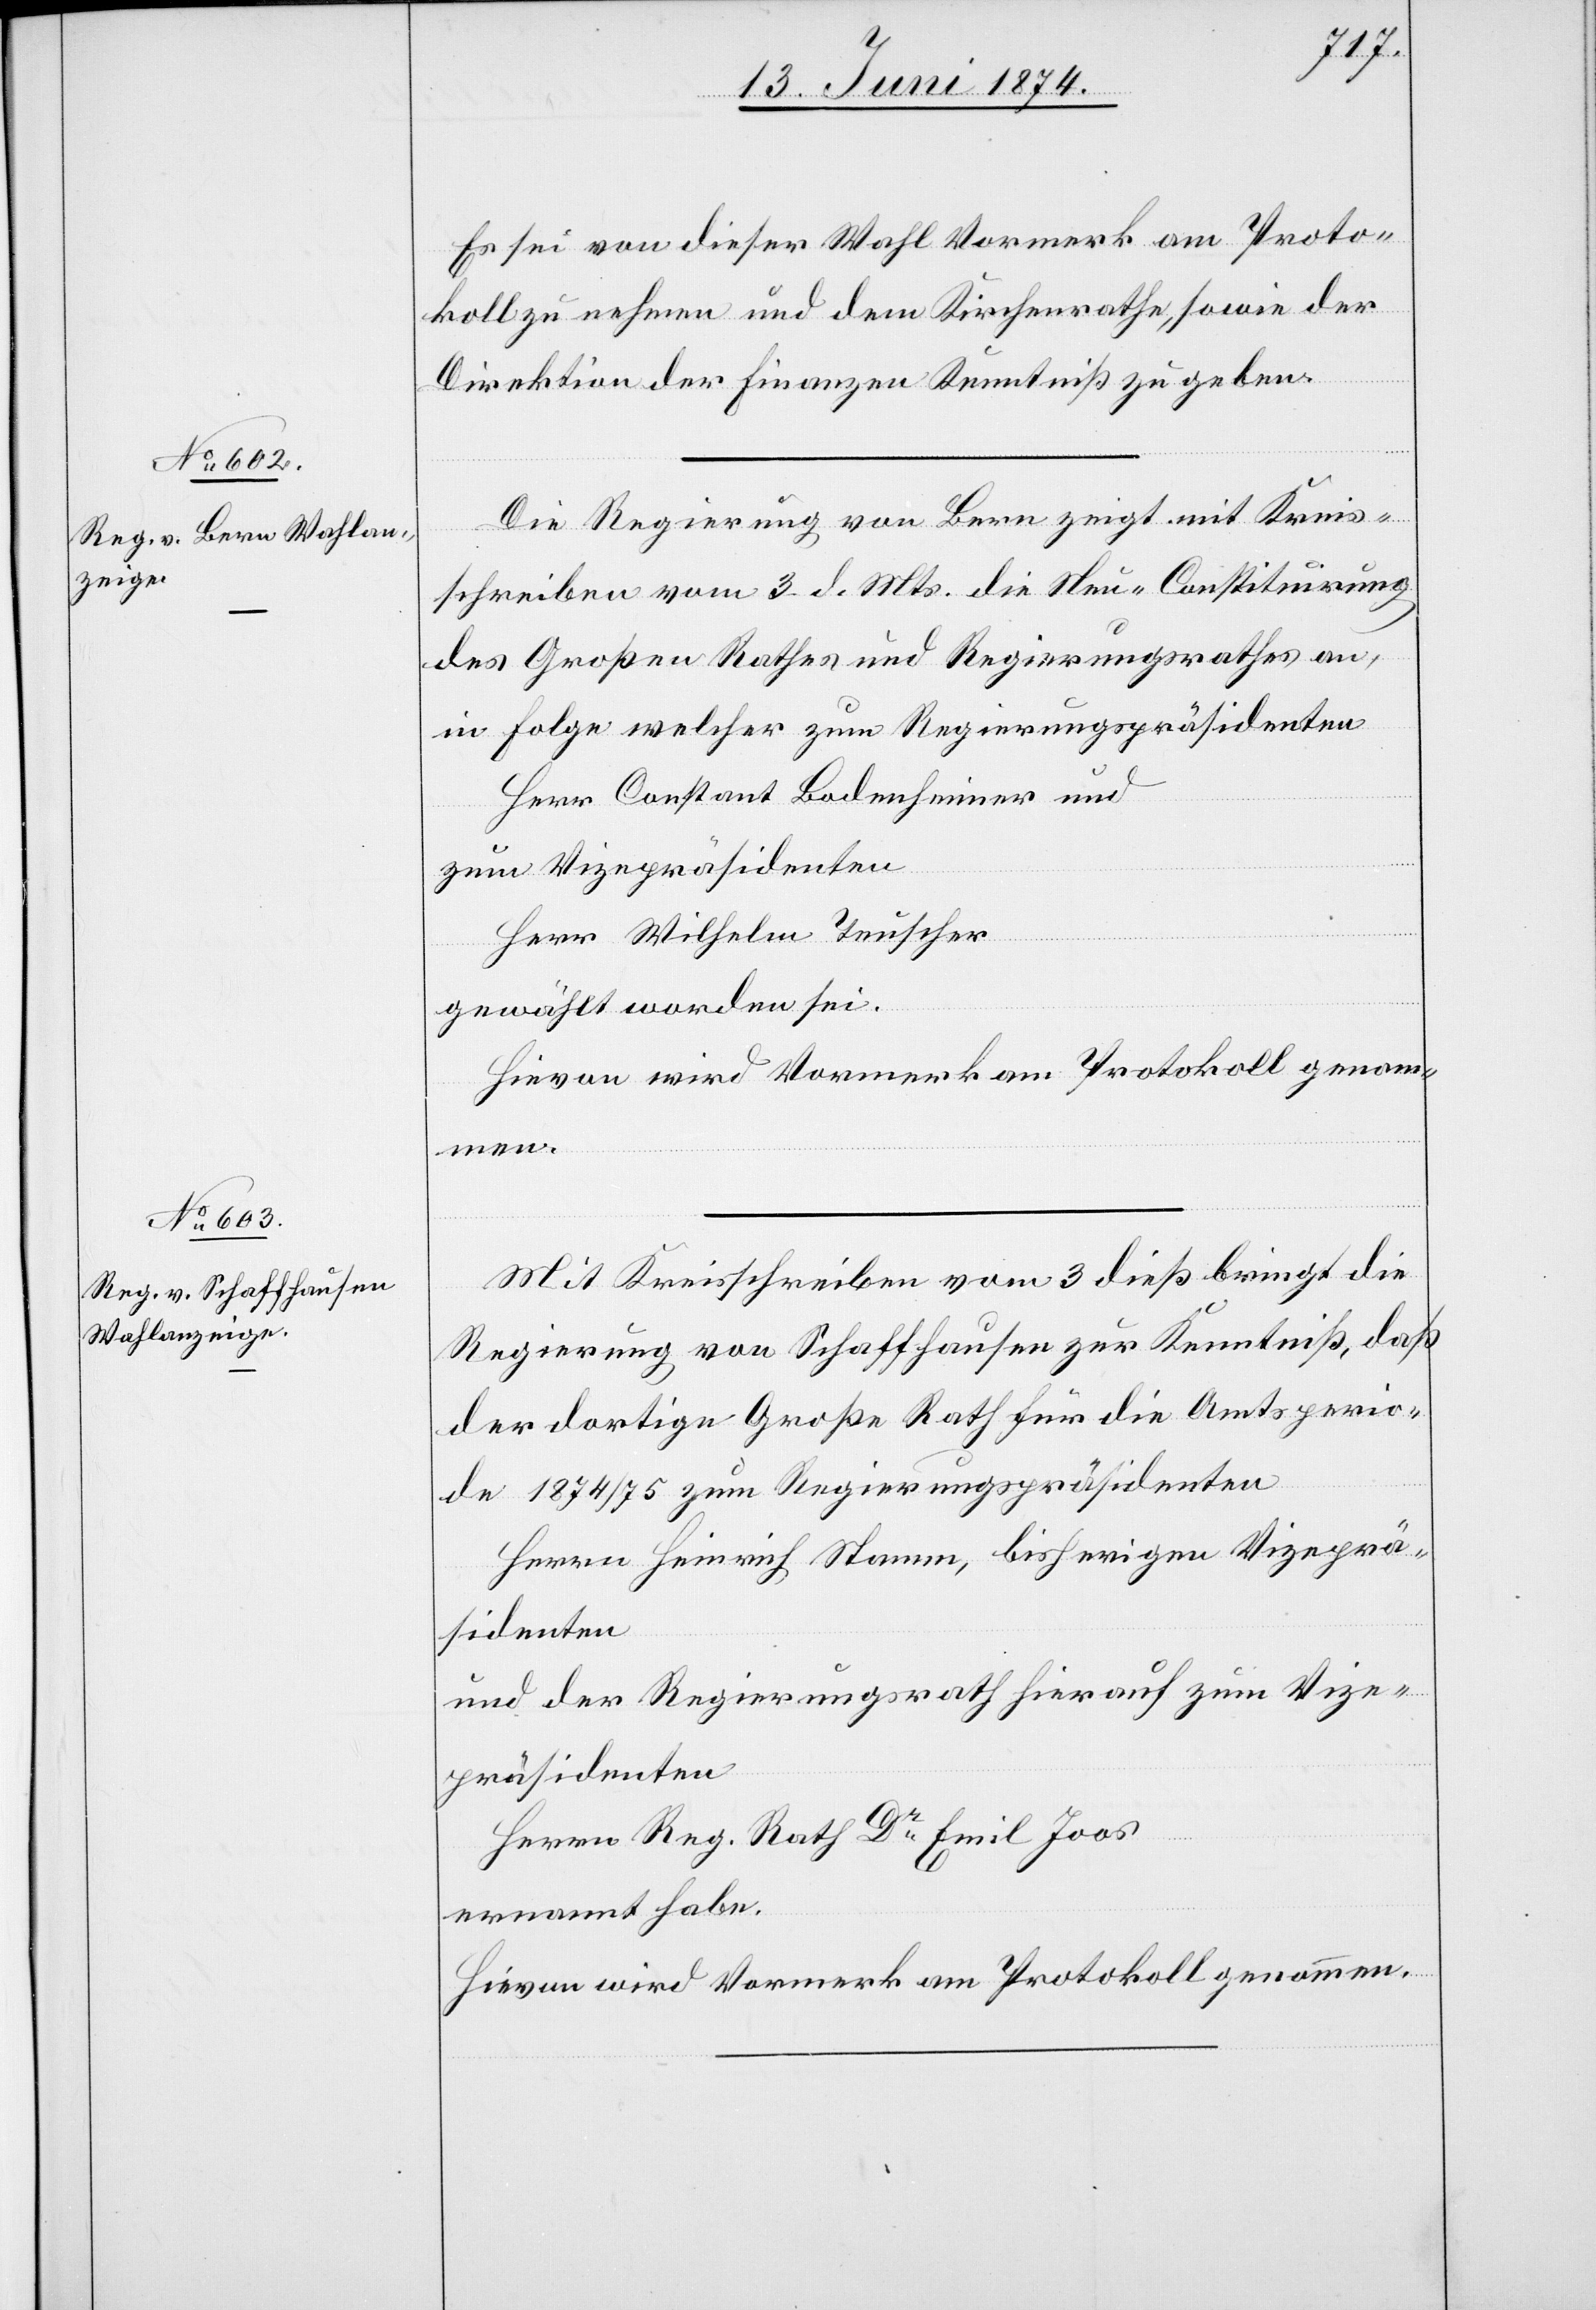
Es sei von dieser Wahl Vormerk am Proto¬
koll zu nehmen und dem Kirchenrathe, sowie der
Direktion der Finanzen Kenntniß zu geben.
Die Regierung von Bern zeigt mit Kreis¬
schreiben vom 3. d. Mts. die Neu- Constituirung
des Großen Rathes und Regierungsrathes an,
in Folge welcher zum Regierungspräsidenten
Herr Constant Badenheimer und
zum Vizepräsidenten
Herr Wilhelm Teuscher
gewählt worden sei.
Hievon wird Vormerk am Protokoll genom¬
men.
Mit Kreisschreiben vom 3. dieß bringt die
Regierung von Schaffhausen zur Kenntniß, daß
der dortige Große Rath für die Amtsperio¬
de 1874/75 zum Regierungspräsidenten
Herrn Heinrich Stamm, bisherigen Vizeprä¬
sidenten
und der Regierungsrath hierauf zum Vize¬
präsidenten
Herrn Reg. Rath Dr Emil Joos
ernannt habe.
Hievon wird Vormerk am Protokoll genommen.